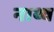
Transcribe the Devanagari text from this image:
नाथ्व